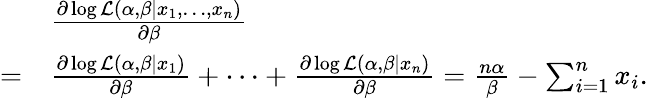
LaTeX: {\begin{array}{rl}&{{\frac{\partial\log{\mathcal{L}}(\alpha,\beta\mid x_{1},\ldots,x_{n})}{\partial\beta}}}\\ {=}&{{\frac{\partial\log{\mathcal{L}}(\alpha,\beta\mid x_{1})}{\partial\beta}}+\cdots+{\frac{\partial\log{\mathcal{L}}(\alpha,\beta\mid x_{n})}{\partial\beta}}={\frac{n\alpha}{\beta}}-\sum_{i=1}^{n}x_{i}.}\end{array}}